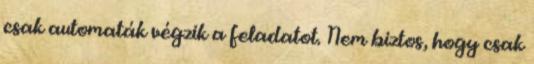
csak automaták végzik a feladatot. Nem biztos, hogy csak